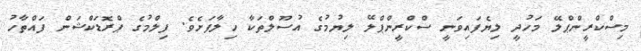
މިސްކްރީންޕްލޭ މަހުދީ ލިޔެފައިވަނީ ސްކްރީންޕްލޭ ލިޔުމުގެ އުސޫލްތަކާ ހިލާފަށެވެ. ފިލްމުގެ ޕްރޮޑަކްޝަން ފައްތާހު